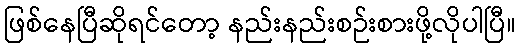
ဖြစ်နေပြီဆိုရင်တော့ နည်းနည်းစဉ်းစားဖို့လိုပါပြီ။